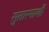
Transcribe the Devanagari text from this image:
सुतारमाशी